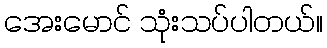
အေးမောင် သုံးသပ်ပါတယ်။